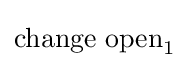
{\text{change open}}_{1}